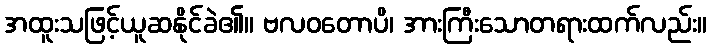
အထူးသဖြင့်ယူဆနိုင်ခဲ၏။ ဗလဝတောပိ၊ အားကြီးသောတရားထက်လည်း။